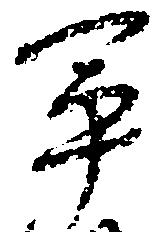
軍